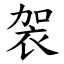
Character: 袈